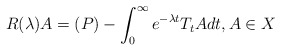
\begin{align*}R(\lambda)A=(P)- \int_0^{\infty}e^{- \lambda t}T_tA dt , A \in X\end{align*}